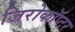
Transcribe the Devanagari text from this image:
जिरोकॉप्टर